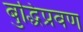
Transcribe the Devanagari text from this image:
बुद्धिप्रवण